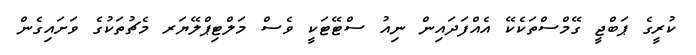
ކުރީގެ ޕަބްޖީ ގޭމްސްތަކެކޭ އެއްފަދައިން ނިއު ސްޓޭޓަކީ ވެސް މަލްޓިޕްލޭޔަރ މެޗުތަކުގެ ވަށައިގެން